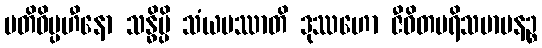
မတိဝိပ္ပဟီနော သန္ဓိမ္ပိ သံယမဿာတိ ဒုဿဟော ဇီဝိတပရိသမာပနဉ္စ